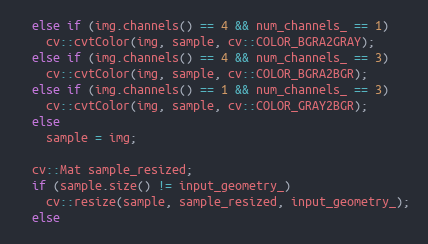
Language: C++
  else if (img.channels() == 4 && num_channels_ == 1)
    cv::cvtColor(img, sample, cv::COLOR_BGRA2GRAY);
  else if (img.channels() == 4 && num_channels_ == 3)
    cv::cvtColor(img, sample, cv::COLOR_BGRA2BGR);
  else if (img.channels() == 1 && num_channels_ == 3)
    cv::cvtColor(img, sample, cv::COLOR_GRAY2BGR);
  else
    sample = img;

  cv::Mat sample_resized;
  if (sample.size() != input_geometry_)
    cv::resize(sample, sample_resized, input_geometry_);
  else